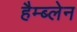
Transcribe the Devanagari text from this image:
हैम्ब्लेन